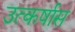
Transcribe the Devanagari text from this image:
उत्कर्षास